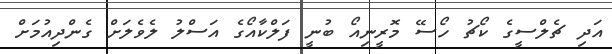
އަދި ޗެލްސީގެ ކޯޗު ހޯސޭ މޮރީނިއޯ ބުނީ ފަލްކާއޯގެ އަސްލު ލެވެލަށް ގެންދިއުމަށް